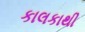
કાલકાથી